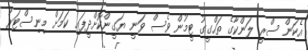
އެކަން ސްރީ ލަންކާގެ ތަހްގީގު ޓީމުން ވެސް ވަނީ ޔަގީންކޮށްދީފައި ކަމަށް މިނިސްޓަރު